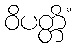
ဝိပတ္တိံ